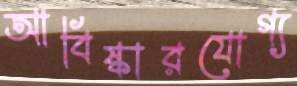
আবিষ্কারযোগ্য